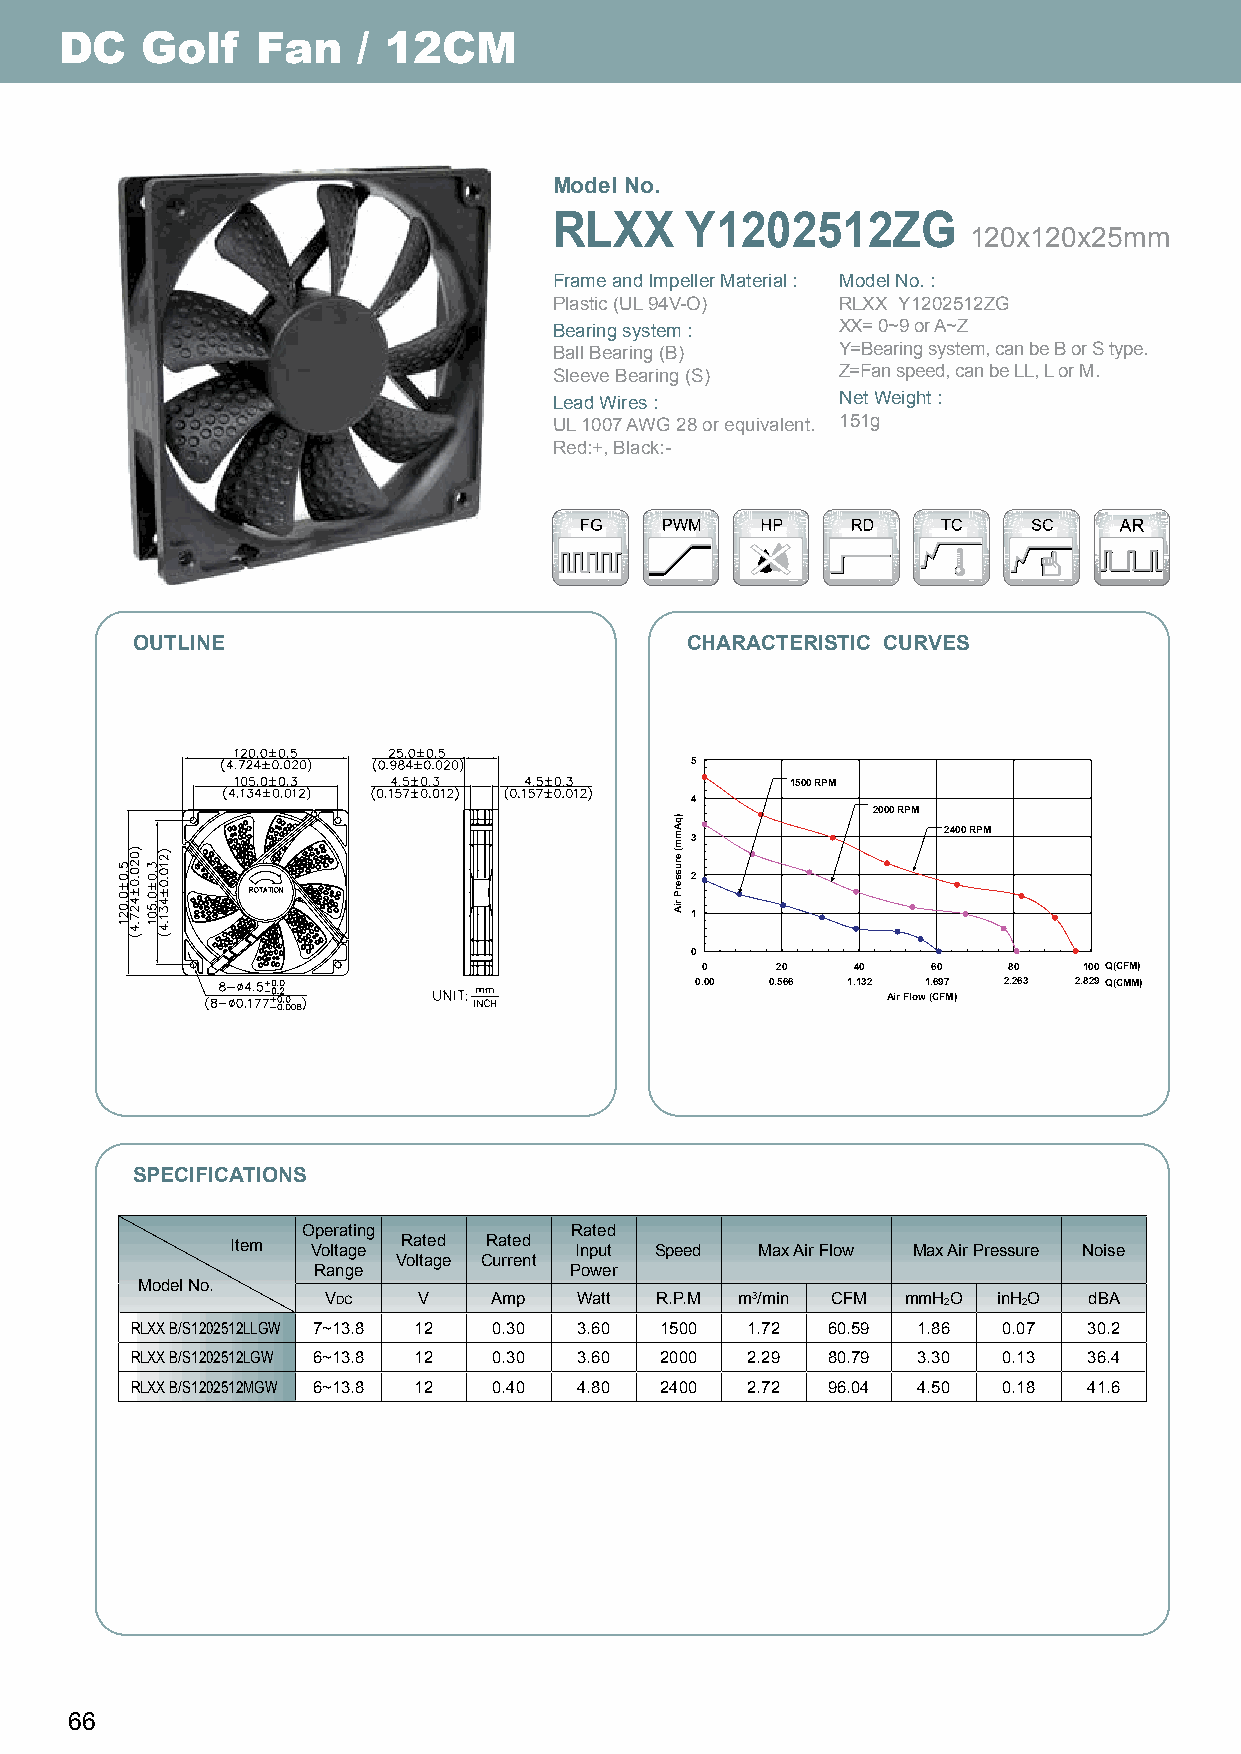
DC   Golf    Fan    / 12CM
 Model No.
 RLXX    Y1202512ZG
 120x120x25mm
 Frame and Impeller Material : Model No. :
 Plastic (UL 94V-O) RLXX Y1202512ZG
 Bearing system :   XX= 0~9 or A~Z
 Ball Bearing (B)   Y=Bearing system, can be B or S type.
 Sleeve Bearing (S) Z=Fan speed, can be LL, L or M.
 Lead Wires :       Net Weight :
 UL 1007 AWG 28 or equivalent. 151g
 Red:+, Black:-
 OUTLINE                             CHARACTERISTIC CURVES
 5
 1500 RPM
 4
 2000 RPM
 2400 RPM
 3
 2
 1
 0
 0    20   40    60   80   100 Q(CFM)
 0.00 0.566 1.132 1.697 2.263 2.829 Q(CMM)
 Air Flow (CFM)
 SPECIFICATIONS
 Operating         Rated
 Item  Voltage Rated Rated Input Speed Max Air Flow Max Air Pressure Noise
 Voltage Current
 Range            Power
 Model No.
 VdC    V    Amp  Watt R.P.M m3/min CFM mmH2O inH2O dBA
 RLXX B/S1202512LLGW 7~13.8 12 0.30 3.60 1500 1.72 60.59 1.86 0.07 30.2
 RLXX B/S1202512LGW 6~13.8 12 0.30 3.60 2000 2.29 80.79 3.30 0.13 36.4
 RLXX B/S1202512MGW 6~13.8 12 0.40 4.80 2400 2.72 96.04 4.50 0.18 41.6
 66
 )qAmm(
 erusserP
 riA